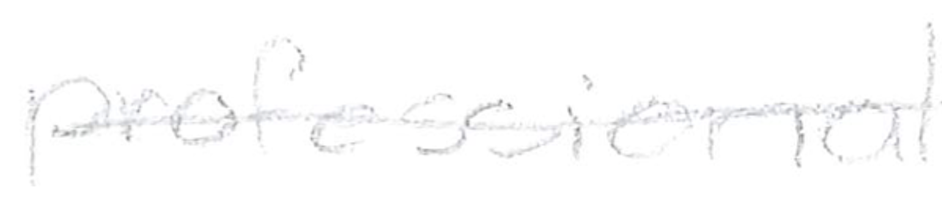
Text: professional
Cross-out: single-line
Writing tool: pencil